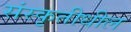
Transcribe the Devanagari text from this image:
संस्कृतीधील